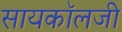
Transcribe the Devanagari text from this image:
सायकॉलजी